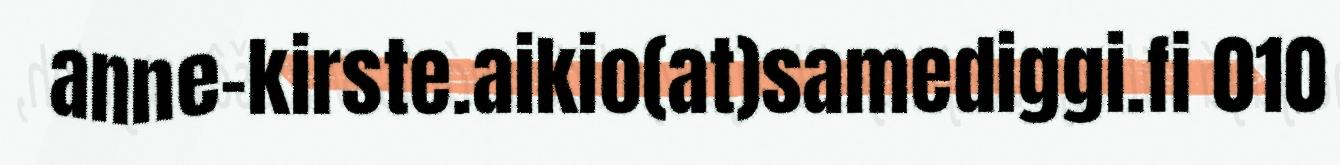
anne-kirste.aikio(at)samediggi.fi 010